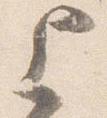
上